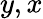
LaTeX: y,x